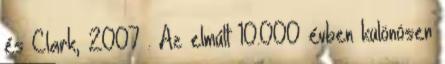
és Clark, 2007 . Az elmúlt 10.000 évben különösen